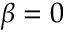
\beta = 0